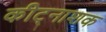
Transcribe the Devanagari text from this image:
कीट्नाशक